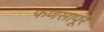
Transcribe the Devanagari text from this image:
फणसापूर